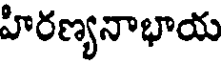
హిరణ్యనాభాయ